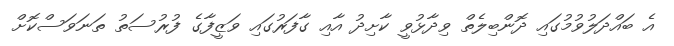
އެ ބައްދަލުވުމުގައި ދޮންބިލެތް ވިދާޅުވީ ކާށިދު އާއި ގާފަރުގައި ވަޒީފާގެ ފުރުސަތު ތަނަވަސްކޮށް